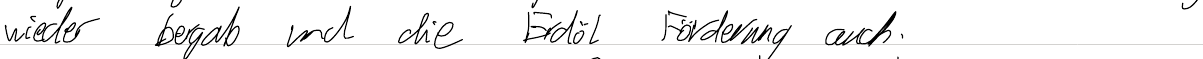
wieder bergab und die Erdöl Förderung auch.